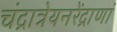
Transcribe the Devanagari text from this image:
चंद्रात्रेयनरेंद्राणां